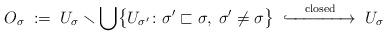
LaTeX: \begin{align*} O_\sigma \; := \; U_\sigma \smallsetminus \bigcup\bigl\{U_{\sigma'} \colon \sigma' \sqsubset \sigma,\; \sigma' \neq \sigma\bigr\} \; \xhookrightarrow{\quad\textrm{closed}\quad} \; U_\sigma \end{align*}